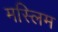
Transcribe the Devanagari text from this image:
मस्लिम